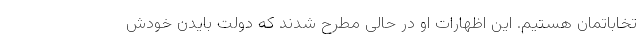
تخاباتمان هستیم. این اظهارات او در حالی مطرح شدند که دولت بایدن خودش